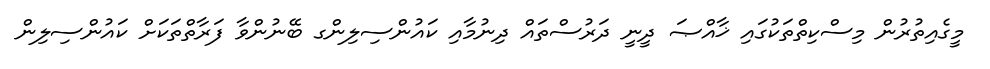
މީގެއިތުރުން މިސްކިތްތަކުގައި ޚާއްޞަ ދީނީ ދަރުސްތައް ދިނުމާއި ކައުންސިލިންގ ބޭނުންވާ ފަރާތްތަކަށް ކައުންސިލިން